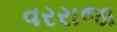
વરરાજા